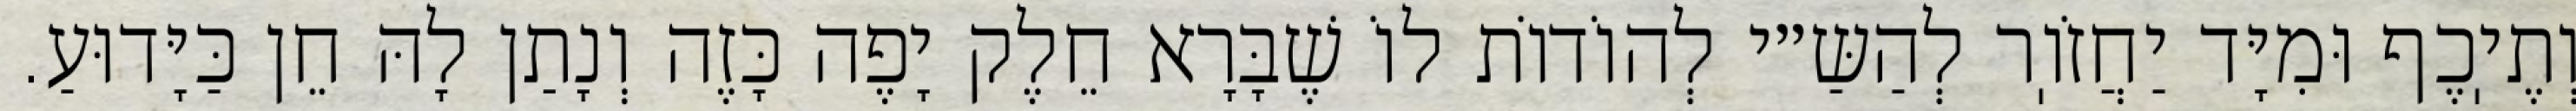
וְתֶיֽכֶף וּמִיָּד יַחֲזֹוֽר לְהַשַּ״י לְהוֹדוֹת לוֹ שֶׁבָּרָא חֵלֶק יָפֶה כָּזֶה וְנָתַן לָהּ חֵן כַּיָּדוּעַ.